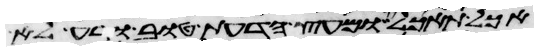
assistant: אכל תאכל ומעץ הדעת טוב ורע לא